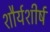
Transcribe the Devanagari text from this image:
शौर्यशीर्ष